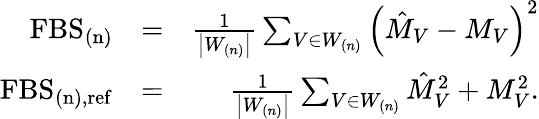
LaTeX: \begin{array}{rlr}{\mathrm{FBS}_{\mathrm{(n)}}}&{=}&{\frac{1}{\left|W_{(n)}\right|}\sum_{V\in W_{(n)}}\left(\hat{M}_{V}-M_{V}\right)^{2}}\\ {\mathrm{FBS}_{\mathrm{(n),ref}}}&{=}&{\frac{1}{\left|W_{(n)}\right|}\sum_{V\in W_{(n)}}\hat{M}_{V}^{2}+M_{V}^{2}.}\end{array}